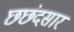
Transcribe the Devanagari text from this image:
छछंदसार